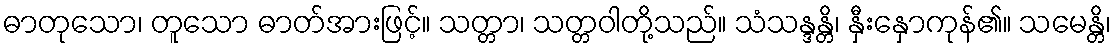
ဓာတုသော၊ တူသော ဓာတ်အားဖြင့်။ သတ္တာ၊ သတ္တဝါတို့သည်။ သံသန္ဒန္တိ၊ နှီးနှောကုန်၏။ သမေန္တိ၊